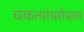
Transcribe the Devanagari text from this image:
चकत्यांबरोबरच